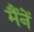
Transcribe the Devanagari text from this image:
मैंनें